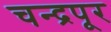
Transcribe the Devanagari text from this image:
चन्द्रपूर